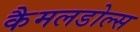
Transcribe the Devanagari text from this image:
कैमलडोल्स